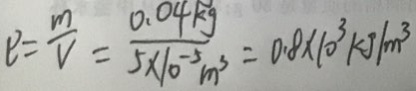
\rho = \frac { m } { V } = \frac { 0 . 0 4 k g } { 5 \times 1 0 ^ { - 5 } m ^ { 3 } } = 0 . 8 \times 1 0 ^ { 3 } k g / m ^ { 3 }